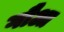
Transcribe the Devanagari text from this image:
गौआ